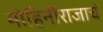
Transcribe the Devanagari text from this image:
मोहिनीराजाचं